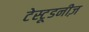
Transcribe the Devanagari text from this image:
टेस्टूडनीज़